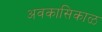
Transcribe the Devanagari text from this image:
अवकासिकाळ